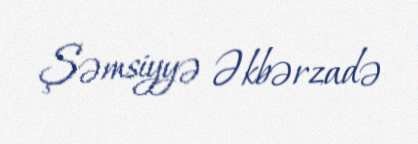
Şəmsiyyə Əkbərzadə